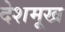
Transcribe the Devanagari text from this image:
देशमूख